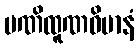
မဏိထူဏဝိမာနံ